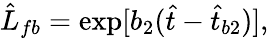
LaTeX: \hat{L}_{fb}=\exp[b_{2}(\hat{t}-\hat{t}_{b2})],